kultuurilooline_kollektsioon, lk 53
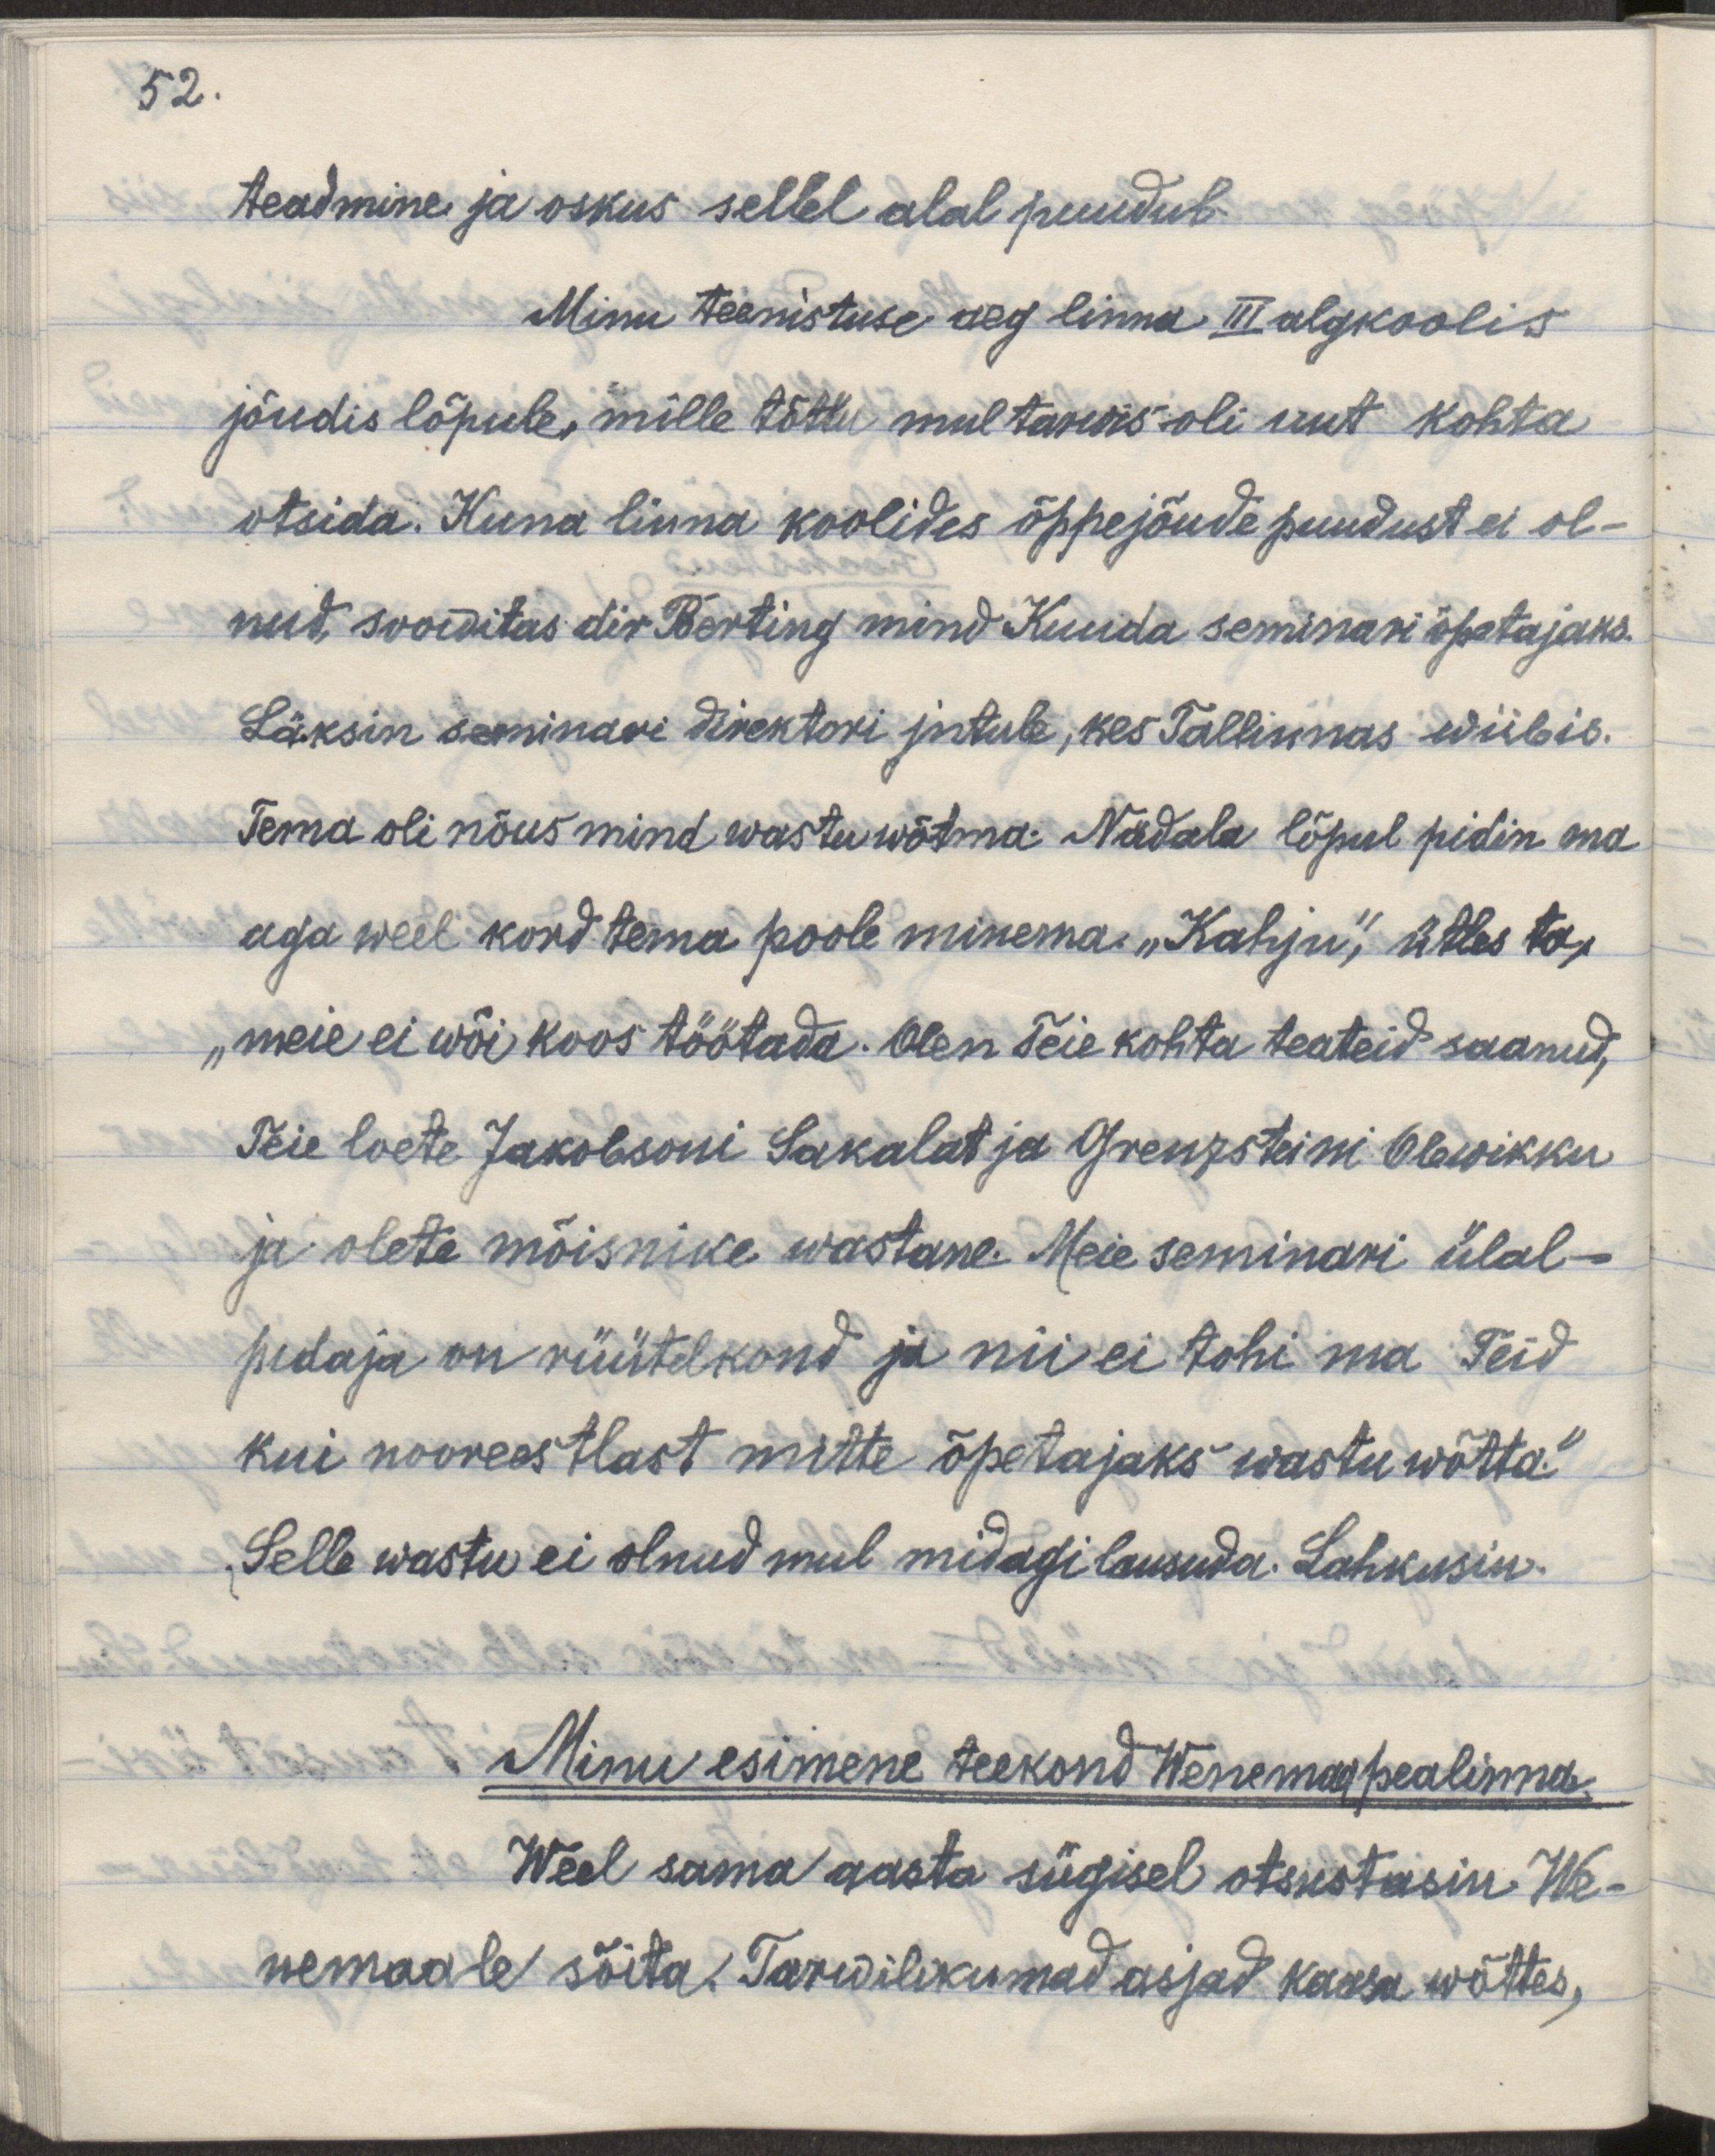
52.

teadmine ja oskus sellel alal puudub.
Minu teenistuse aeg linna III algkoolis
jõudis lõpule, mille tõttu mul tarwis oli uut koht 
otsida. Kuna linna koolides õppejõudude puudust ei ol-
nud, soowitas dir Berting mind Kunda seminari õpetajaks.
Läksin seminari direktori jutule, kes Tallinnas wiibis.
Tema oli nõus mind wastu wõtma. Nädala lõpul pidin ma
aga weel kord tema poole minema. „Kahju," ütles ta, 
„meie ei wõi koos töötada. Olen Teie kohta teateid saanud,
Teie loete Jakobsoni Sakalat ja Grenzsteini Olewikku
ja olete mõisnike wastane. Meie seminari ülal-
pidaja on rüütelkond ja nii ei tohi ma Teid
kui nooreestlast mitte õpetajaks wastu wõtta."
Selle wastu ei olnud mul midagi lausuda. Lahkusin.
Minu esimene teekond Wenemaa pealinna.
Weel sama aasta sügisel otsustasin We-
nemaale sõita. Tarwilikumad asjad kaasa wõttes,